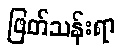
ဖြတ်သန်းရာ